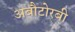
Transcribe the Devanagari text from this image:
अबौटोरबी